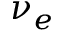
\nu _ { e }